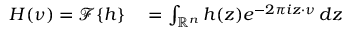
\begin{array} { r l } { H ( \nu ) = { \mathcal { F } } \{ h \} } & { { } = \int _ { \mathbb { R } ^ { n } } h ( z ) e ^ { - 2 \pi i z \cdot \nu } \, d z } \end{array}